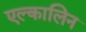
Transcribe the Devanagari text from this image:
एल्कालिन